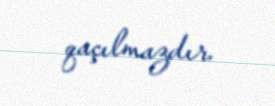
qaçılmazdır.